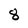
Character: 8